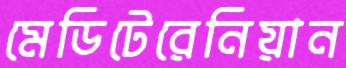
মেডিটেরেনিয়ান